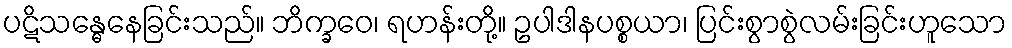
ပဋိသန္ဓေနေခြင်းသည်။ ဘိက္ခဝေ၊ ရဟန်းတို့။ ဥပါဒါနပစ္စယာ၊ ပြင်းစွာစွဲလမ်းခြင်းဟူသော